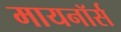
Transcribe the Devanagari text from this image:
मायनॉर्स